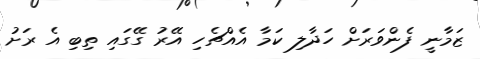
ޒަމާނީ ފެންވަރަށް ހަދާލި ކަމާ އެއްޗެހި އޭރު ގޭގައި ތިބި އެ ރަށު